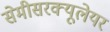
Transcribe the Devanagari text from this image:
सेमीसरक्यूलेयर